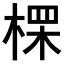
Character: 𪲷